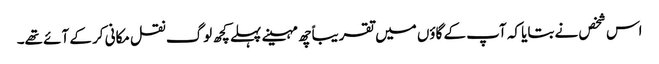
اس شخص نے بتایا کہ آپ کے گاؤں میں تقریباًچھ مہینے پہلے کچھ لوگ نقل مکانی کر کے آئے تھے۔